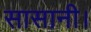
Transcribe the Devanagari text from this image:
सासानी।